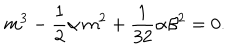
LaTeX: m ^ { 3 } - \frac { 1 } { 2 } \alpha \, m ^ { 2 } + \frac { 1 } { 3 2 } \alpha \beta ^ { 2 } = 0 .